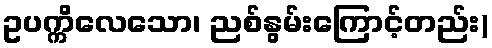
ဥပက္ကိလေသော၊ ညစ်နွမ်းကြောင့်တည်း)